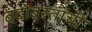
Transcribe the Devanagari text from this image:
बंदोबस्ताची